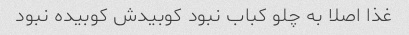
غذا اصلا به چلو کباب نبود کوبیدش کوبیده نبود